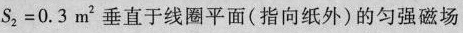
$$S ^{2} = 0 . 3 m^{2}$$垂直于线圈平面(指向纸外)的匀强磁场